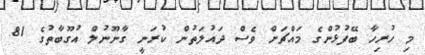
މި ހުރިހާ ބޭފުޅުންގެ މައްޗަށް ވެސް ދައުލަތުން ކުރަނީ ގާނޫނުލް އުގޫބާތުގެ 81